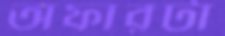
অফারটা